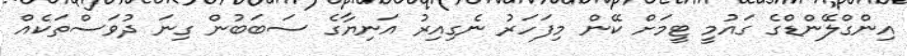
އިންގްލޭންޑްގެ ގައުމީ ޓީމަށް ކޭން މިފަހަރު ނެގިއިރު އަނިޔާގެ ސަބަބުން ގިނަ ދުވަސްތަކެއް